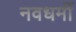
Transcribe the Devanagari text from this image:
नवधर्मी